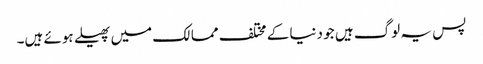
پس یہ لوگ ہیں جو دنیا کے مختلف ممالک میں پھیلے ہوئے ہیں۔